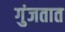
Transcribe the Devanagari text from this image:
गुंजतात